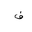
Letter: _fa